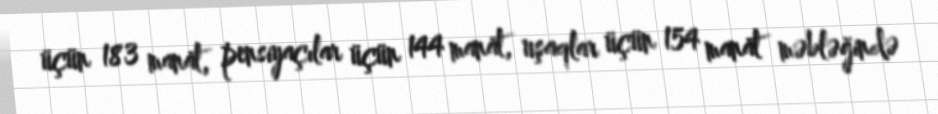
üçün 183 manat, pensiyaçılar üçün 144 manat, uşaqlar üçün 154 manat məbləğində